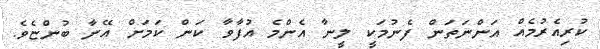
ކުރިއެރުމެއް އަންނަތަން ފެނުމަކީ ލީނާ އެންމެ އުފާވާ ކަން ކަމަށް އޭނާ ބުންޏެވެ.